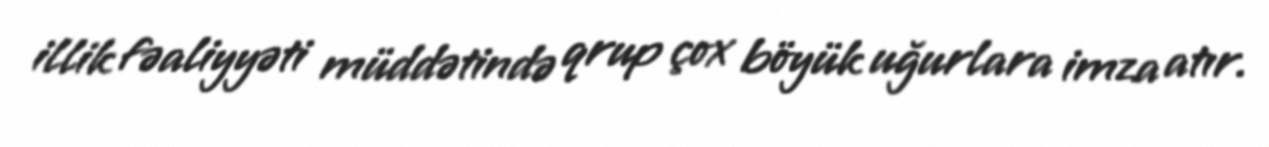
illik fəaliyyəti müddətində qrup çox böyük uğurlara imza atır.